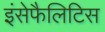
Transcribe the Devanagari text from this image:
इंसेफैलिटिस